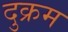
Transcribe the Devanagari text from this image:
दुक्रम